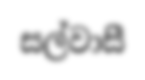
සල්වාසී